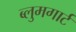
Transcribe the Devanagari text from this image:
ब्लुमगार्ट